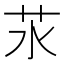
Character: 𦬭